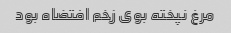
مرغ نپخته بوی زخم افتضاه بود